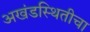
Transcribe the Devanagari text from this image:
अखंडस्थितीचा